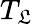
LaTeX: T_{\mathfrak{L}}